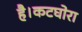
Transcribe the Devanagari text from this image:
है।कटघोरा